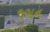
જમન